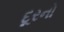
દૂરનો